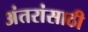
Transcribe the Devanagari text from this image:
अंतरांसाठी